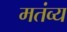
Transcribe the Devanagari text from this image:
मतंव्य